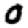
Digit: 0